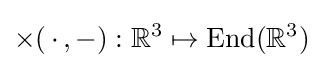
\times (\,\cdot \,,-):\mathbb {R} ^{3}\mapsto {\text{End}}(\mathbb {R} ^{3})